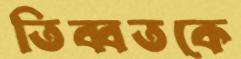
তিব্বতকে